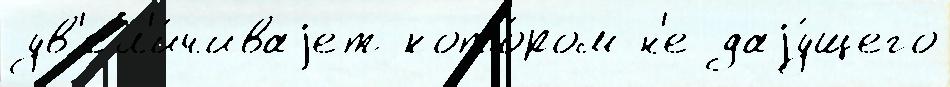
ув'ел'и́чиваjет кото́ром н'е даjу́щего